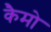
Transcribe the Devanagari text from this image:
कैमो